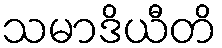
သမာဒိယီတိ